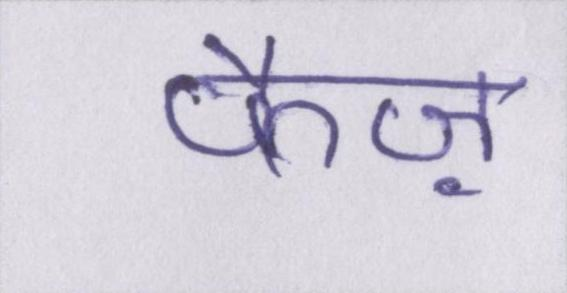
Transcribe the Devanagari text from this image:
फैज़